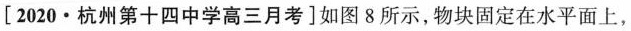
[2020\cdot 杭州第十四中学高三月考]如图8所示，物块固定在水平面上，